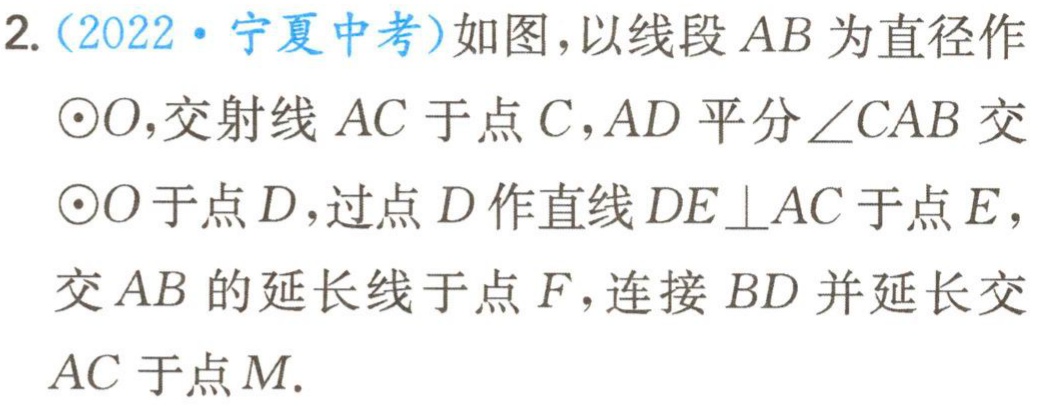
2.（2022·宁夏中考）如图，以线段 \(AB\) 为直径作\(\odot O\)，交射线 \(AC\) 于点 \(C\)，\(AD\) 平分 \(\angle CAB\) 交\(\odot O\)于点 \(D\)，过点 \(D\) 作直线 \(DE\perp AC\) 于点 \(E\)，交 \(AB\) 的延长线于点 \(F\)，连接 \(BD\) 并延长交 \(AC\) 于点 \(M\).